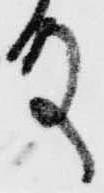
殿